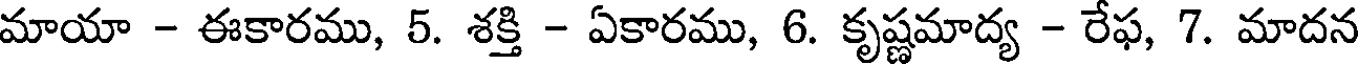
మాయా - ఈకారము, 5. శక్తి - ఏకారము, 6. కృష్ణమాద్య - రేఫ, 7. మాదన